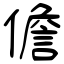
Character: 儋